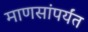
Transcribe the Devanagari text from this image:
माणसांपर्यंत